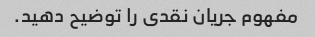
مفهوم جریان نقدی را توضیح دهید.